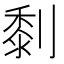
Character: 㓿